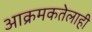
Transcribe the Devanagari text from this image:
आक्रमकतेलाही